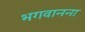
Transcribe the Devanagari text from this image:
भगवानना